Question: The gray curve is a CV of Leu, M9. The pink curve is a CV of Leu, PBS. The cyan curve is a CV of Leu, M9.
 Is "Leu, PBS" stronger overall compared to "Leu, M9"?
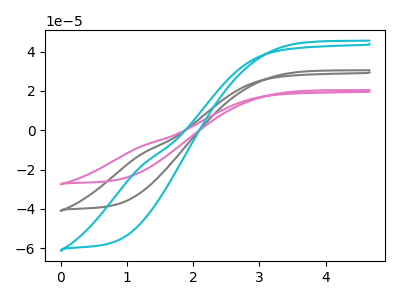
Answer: <think>The gray curve "Leu, M9" has no peaks. The pink curve "Leu, PBS" has no peaks. The cyan curve "Leu, M9" has no peaks.
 Neither "Leu, PBS" or "Leu, M9" have any peaks.</think>
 <answer>I cant tell if "Leu, PBS" or "Leu, M9" has more signal.</answer>
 <eval>mixed_signal</eval>